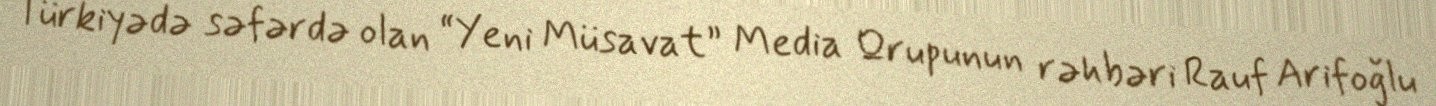
Türkiyədə səfərdə olan “Yeni Müsavat” Media Qrupunun rəhbəri Rauf Arifoğlu